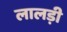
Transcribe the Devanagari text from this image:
लालड़ी